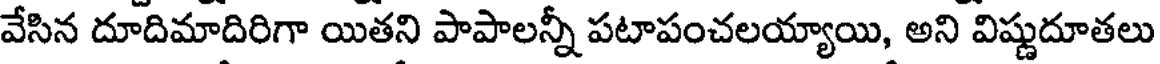
వేసిన దూదిమాదిరిగా యితని పాపాలన్నీ పటాపంచలయ్యాయి, అని విష్ణుదూతలు